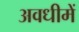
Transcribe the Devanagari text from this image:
अवधीमें